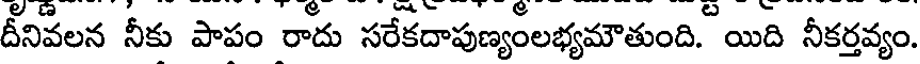
దీనివలన నీకు పాపం రాదు సరేకదాపుణ్యంలభ్యమౌతుంది. యిది నీకర్తవ్యం.